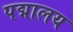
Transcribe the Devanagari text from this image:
पद्मालय